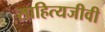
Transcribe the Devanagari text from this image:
साहित्यजीवी